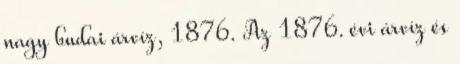
nagy budai árvíz, 1876. Az 1876. évi árvíz és